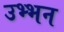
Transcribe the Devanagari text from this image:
उभ्भन